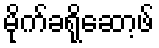
မိုက်ခရိုဆော့ဖ်